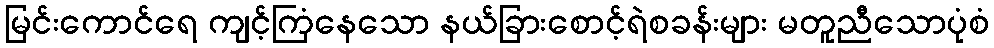
မြင်းကောင်ရေ ကျင့်ကြံနေသော နယ်ခြားစောင့်ရဲစခန်းများ မတူညီသောပုံစံ